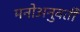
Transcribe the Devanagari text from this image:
मनोअनुवर्ती